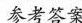
参考答案